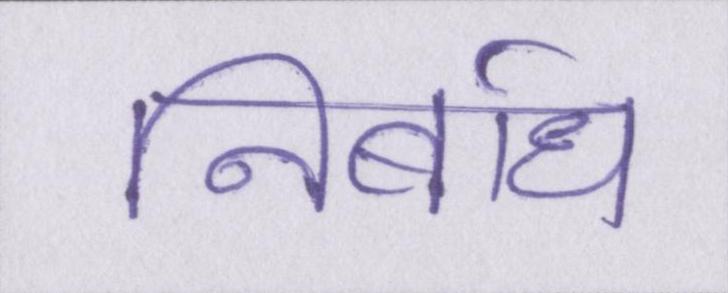
निर्बाध